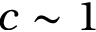
c \sim 1